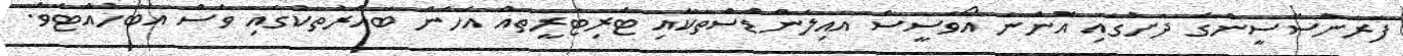
ފަރަންސޭސީންގެ ދަށުގައި އޮންނަ އޯވަސީސް އައިލެންޑްސްތަކާއި ޓެރިޓަރީތައް އެހެން ބައްރުތަކުގައި ވެސް އެބަހުއްޓެވެ.